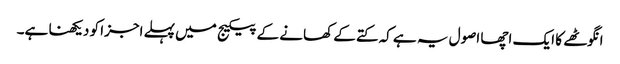
انگوٹھے کا ایک اچھا اصول یہ ہے کہ کتے کے کھانے کے پیکیج میں پہلے اجزا کو دیکھنا ہے۔